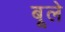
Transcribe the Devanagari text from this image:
बूले